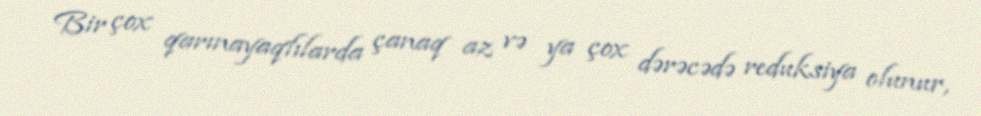
Bir çox qarınayaqlılarda çanaq az və ya çox dərəcədə reduksiya olunur,